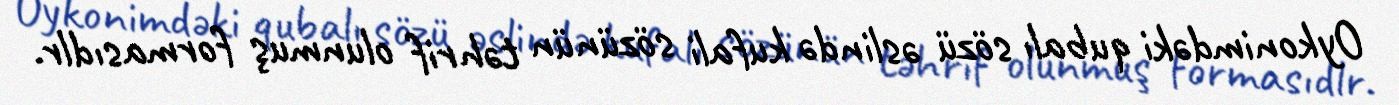
Oykonimdəki qubalı sözü əslində kufali sözünün təhrif olunmuş formasıdlr.